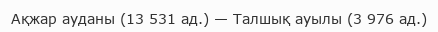
Ақжар ауданы (13 531 ад.) — Талшық ауылы (3 976 ад.)